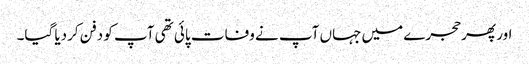
اور پھر حجرے میں جہاں آپ نے وفات پائی تھی آپ کو دفن کردیا گیا۔